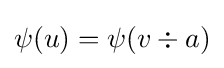
\psi (u)=\psi (v\div a)